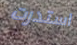
استدرت